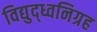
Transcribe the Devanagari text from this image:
विद्युद्ध्वनिग्रह